Lunatic asylums Madras 1892-1911 - 1892-1911
Year: 1892
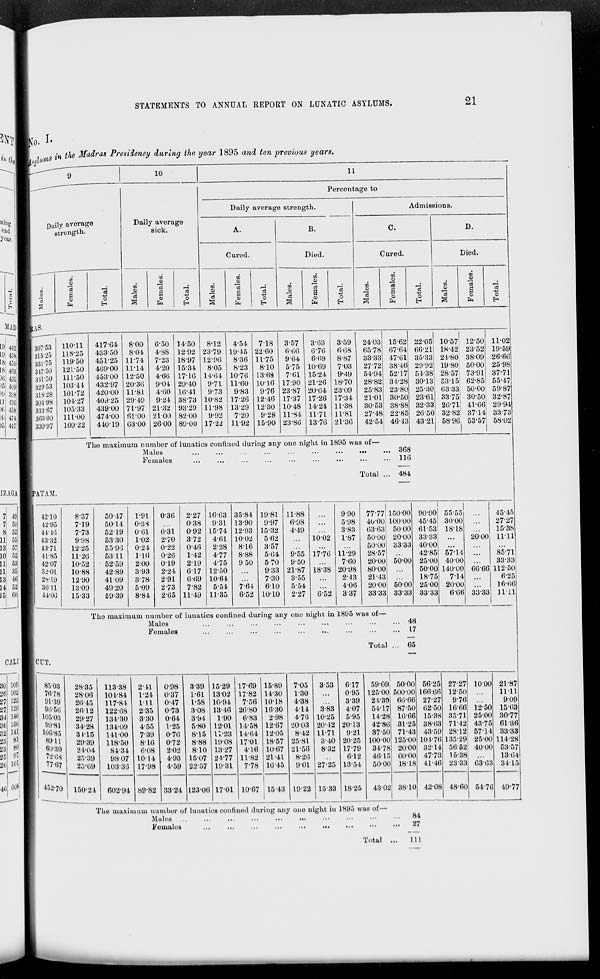
STATEMENTS TO ANNUAL REPORT ON LUNATIC ASYLUMS.
21
.0. 1.
COb
Ujtwt
„ ( n the Madras Presidency during the year 1895 and ten previous years.
~^
Dai
9
|
10
11
■""■"-
lv average
Daily average
Percentage to
Daily average strength.
Admissions.
ning m
year.
f
m
s
[AS.
30753
strength.
sick.
A.
B.
C.
D.
Cured.
Died.
Cured.
Died.
i
e
op
S
"a
B
a
o
m
DO
01
n
s
09
fa
13
o
m
o
S3
to
s
fa
oB
o
E-
DO
®
13
CO
**
a
fa
o
EH
00
CD
H
n
m
s
fa
H
o
co
9
'a
m
CB
i
fa
"3
0
MAD II ;
L9 44 2 i|
110-11
417-64
8-00
6-50 14-50
8-12
4-54
7-18
3-57
3-63
3-59
24-03 15-62 22-05' 10-57 12-50 11-02
1!' 4sM
31525
118-25
433-50
801
4-88 12-92 23-79 19-45 22-60
6-66
6-76
6-08
65-78 67-64 66-21 18-42 2352 19-59
la 45(1
33175
119-50
451-25 11-74
723 1897 12-96
8-36 11-75
9-64
6-69
8-87
3333 47-61 35-33 24-80 38-09 26-66
18 m
317-50
121-50
4(39-00 11-14
4-20 15-34
8-05
8-23
8-10
575 10-69
7-03
2772 38-46 29-92 19-80 50-00 25-98
)i> 48S
311-50 111-50
453-00 12-50
4-66 17-16 14-64 10-76 13-6S
7-61 15-24
9-49
54-94 52-17 54-38 28-57: 73-91 37-71
)h 4(i9
329'53 103-41
432-97 20-30
9-04 29-40
9-71 11-60 10-16 17-90 21-26 18-70
28-82 34-28 30-13 5315 62-85 55-47
)y 31'R
318-28 101-72
420-00 11-81
4-60 16-41
9-73
983
976 23-87 20-04 23-09
25-83 23-80 25-30 63-33 50-00 59-87
u 1 801-98 101-27 409-25 29-49 9-24 3873 10-82 17-26 12-46 17-37 17-26 17-34 21-01 30-50 23-61 33-75; 30-50 32-87
)C 458W 333-07
10533
43900 71-97 21-32 93 29 11-98 13-29 12-30 10-48 14-24 11-38
30-53 38-88 32-33 26-71J 41-66' 29-94
){< ■ i;;|
303-00 111-00
474-00 6100 2100 82-00
9-92
7-20
9-28 11-84 11-71 11-81
27-48 22-85 26-50 32-82 37-14 1 33-73
)5 ' "' 1 330-07 109-22 440-19 03-00 2600 89-00 17-22 11-92 1590 23-80 13-76 21-36 42-54 46-13 4321 58-96 53-57 58-02
'I he maxiir mm number of
Males
Females
lunatic ;s confined dur ing any one night in ] 895 wa 8 Of
•••
••• ooc
116
Total ... 484
IZAGA
PATAM.
7 49
42-10
8-37
50-47
1-91
0-36
2*27 16-63 35-84 19-81 11-88
9-90
77-77 I 15000 90-90 55-55
45 45
7 50
4205
7-19
5014
0-3S
0-38
931 13-90
9-97
6*98
598
4000 100-00 45-45 3000
27-27
8 52
44-10
7-73
52-19
0-61
0-31
0-92 1574 12-93 15-32
4-49
3-83
63-63 5000 61-53 18-18
15-38
11 55
48-32
9-98
5330
1-02
2-70
3-72
4-61 10-02
5-62
1002
1-87
50-06 20-00 33-33
20-00 1111
18 57
43-71
1225
55-96
024
0-22
0-46
228
8-16
3-57
50-00 3333 400C
...
10 52
41-85
11-20
53-11
1-16 0-26 1-42 4-77 8-88 5-64 9-55 17-76 11-29 28-57
42-85 57-14
85-71
11 M
42-07
10-52
52-59
200
019
2-19
475
9 50
570
9-50
760
20-0U 50-00 25-OC 1 40-00
3333
111 35
32-01
10-88
42-89
3-93
2-24
6-17 1250
933 21-87 18-38 2098
80-00
...
500C > 140-00 66-6G 112-50
i;i 4b
28-19
1290
41-09
378
291
6-69 1064
7-30
3-55
2-13
21-43
18-7E 1
7-14
6-25
14 52
30-11
13-09
49-20
509
273
7-82
5-54
7-64
6-10
5-54
406
20-0C 5000 25 0C ) 20-00
16-66
15 b0
44-00
15-33
59-39
8-84
265 11-49 11-35
652 1010
227
6-52
3-37
33-3^ ! 3333 33-3L 1
606 33-33 1111
L'ho maxii luim number o
At ales
f lunat ics confined du ring ai ly one night in 1895 v •as of—
4 8
F emales
...
... 1 7
Total
65
CUT.
109 1
85-03
102 1
70-78
125 1
01-39
129 1
90-50
140 1
105-03
186 1
99*81
141 I
100-85
81 I
89'U
m I 60*80
971 1
72-OS
101 1
77-07
432-70
28-35
113-38
2-H
0-98
3-39 15-29 1769 15-89
7-05
353
617
5909, 5000 56-25 2727 1000 21-87
28-0(5
101-84
1-21
0-37
1-61 1302 17-82 14-30
1-30
0-95 125-00 500-00 166-66 12-50 ...
1111
26-45
117-84
l-ll
0-47
1-58 10*94
756 10-18
4-38
3-39
24-39 66*66 27-27
9-76
909
26-12
122-68
2-35
0-73
3-08 13-46 26-80 16-30
414
3-83
407
54-17 87-50 6250 16-66 12-50 1563
29-27
134-30
3-30
0-64
3-94
1-90
6-83
2-98
4-70 10-25
5-95
14-28 10-66 15-38 3571 2500 30-77
34-28
134-09
4-55
1-25
5-80 1201 14-58 12-67 2003 20-12 80*18
42-86 31-25 38-63 7112 43-75 61-36
3115
141-00
7-39
0-70
8-15 11-23 14-64 12-05
8-42 11-71
921
37 50 7143 4359 28-12 57-14 33-33
29-39
11850
8-16
0-72
8-88 19-08 1701 18-57 25-81
3-40 20-25 10000 125-00 104*76 13.5-29 2500 111-28
24-04
84-34
6-08
2-02
8-10 13-27
4-16 10-67 81*58
8-32 17-79
34-78 2000 88*14 5652 40-00 53-57
85*39
98-07 10-14
4-93 15-07 24-77 11-82 21-41
8-26
612
16 15 60-00 4773 15-38
18*64
25*69
103-36 17-98
4-59 22-57 19*81
7-78 16-45
901 27-25 13-54
50-00 18-18 41-46 2333 03-63 84-15
150-24
602-94 89-82 3324 123-06 1701 1067 1 15-43 1922 15-33 1825
4302 3810 42-08 48-60 54-76 49-77
The maximum number of lunatics confined during any one night in 1895 was of—
Mules ...
Females
84
27
Total ...
Ill